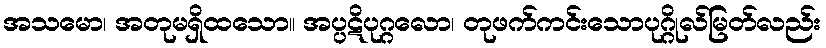
အသမော၊ အတုမရှိထသော။ အပ္ပဋိပုဂ္ဂလော၊ တုဖက်ကင်းသောပုဂ္ဂိုလ်မြတ်လည်း